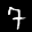
Label: 7